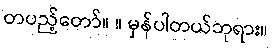
တပည့်တော်။ ။ မှန်ပါတယ်ဘုရား။